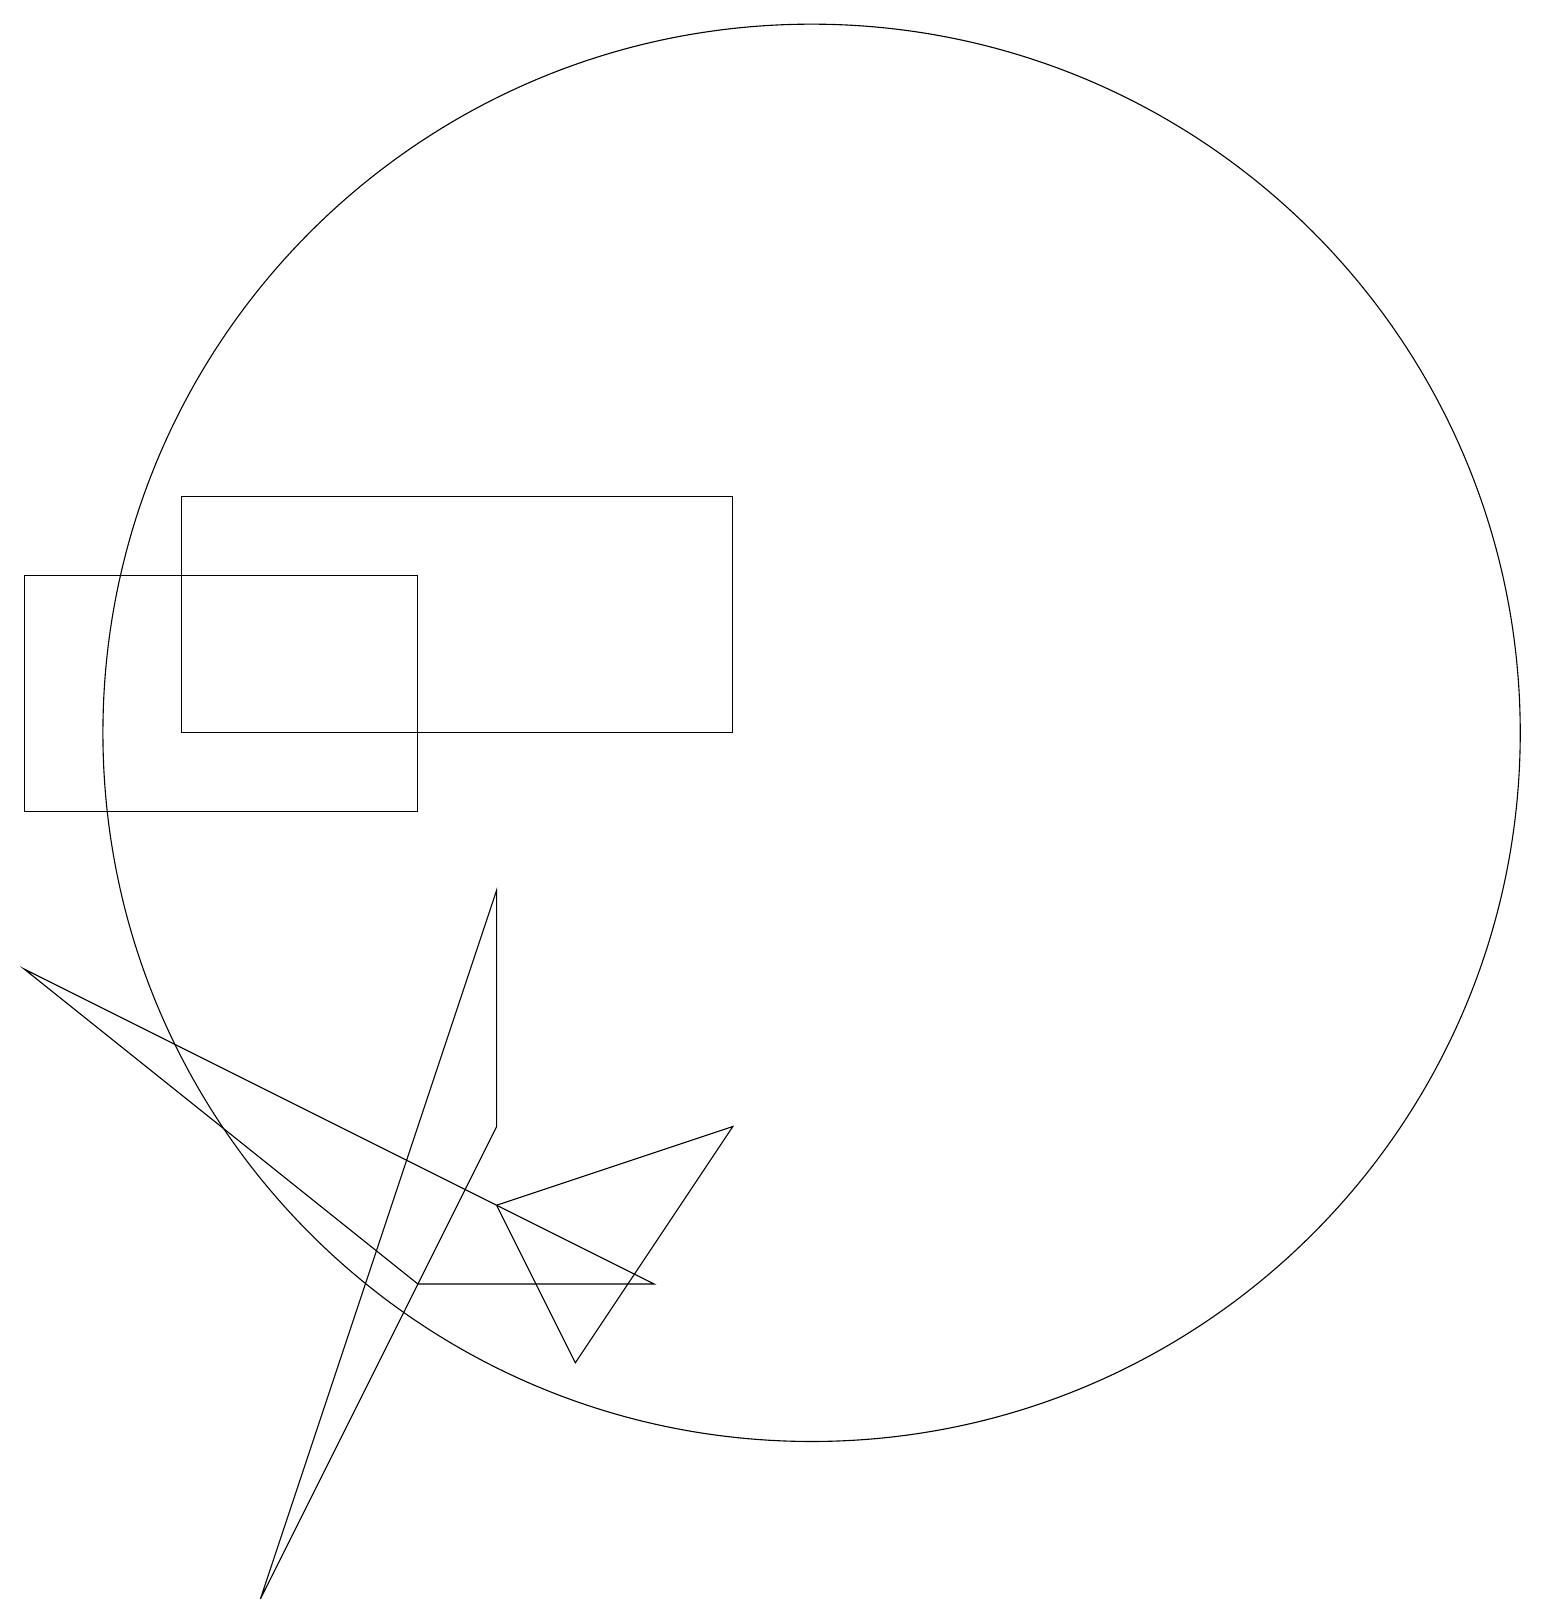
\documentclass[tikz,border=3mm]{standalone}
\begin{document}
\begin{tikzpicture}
\draw (10,11) circle (9);
\draw (7,3) -- (6,5) -- (9,6) -- cycle;
\draw (8,4) -- (0,8) -- (5,4) -- cycle;
\draw (0,10) rectangle (5,13);
\draw (6,6) -- (6,9) -- (3,0) -- cycle;
\draw (9,14) rectangle (2,11);
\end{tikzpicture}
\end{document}